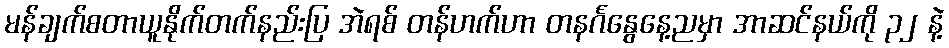
မန်ချက်စတာယူနိုက်တက်နည်းပြ အဲရစ် တန်ဟက်ဟာ တနင်္ဂနွေနေ့ညမှာ အာဆင်နယ်ကို ၃၂ နဲ့